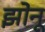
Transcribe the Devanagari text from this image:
झोनू